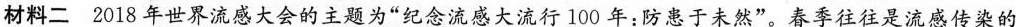
材料二2018年世界流感大会的主题为“纪念流感大流行100年：防患于未然”。春季往往是流感传染的